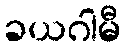
ခယဂါမီ